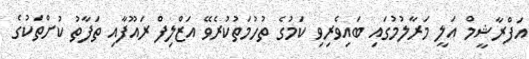
އަފްރާޝީމް އަލީ މަރާލުމުގައި ބައިވެރިވި ކަމުގެ ތުހުމަތުކުރެވޭ އަޒްލިފް ރައޫފާއި ތަފާތު ކުށްތަކުގެ